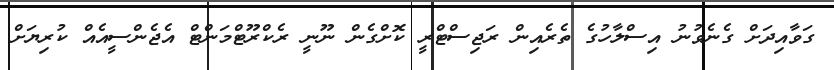
ގަވާއިދަށް ގެނެވުނު އިސްލާހުގެ ތެރެއިން ރަޖިސްޓްރީ ކޮށްގެން ނޫނީ ރެކްރޫޓްމަންޓް އެޖެންސީއެއް ކުރިޔަށް